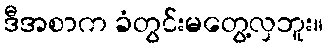
ဒီအစာက ခံတွင်းမတွေ့လှဘူး။